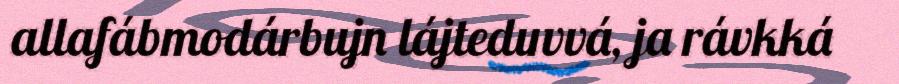
allafábmodárbujn lájteduvvá, ja rávkká